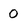
Character: 0